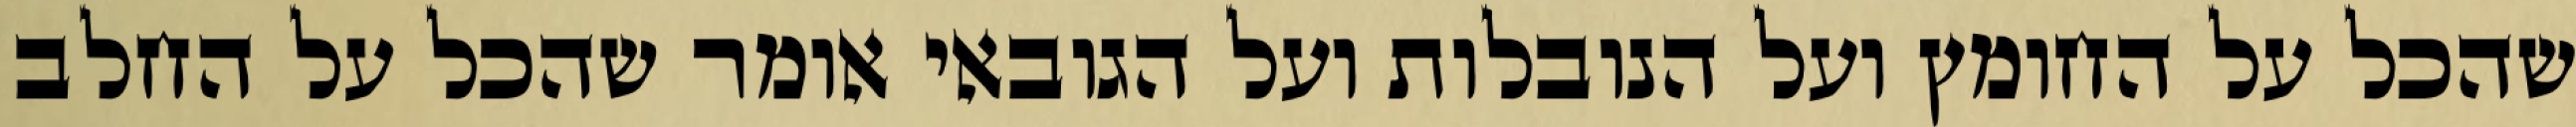
שהכל על החומץ ועל הנובלות ועל הגובאי אומר שהכל על החלב